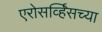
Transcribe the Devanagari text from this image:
एरोसर्व्हिसच्या